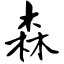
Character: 森